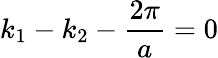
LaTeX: k_{1}-k_{2}-\frac{2\pi}{a}=0